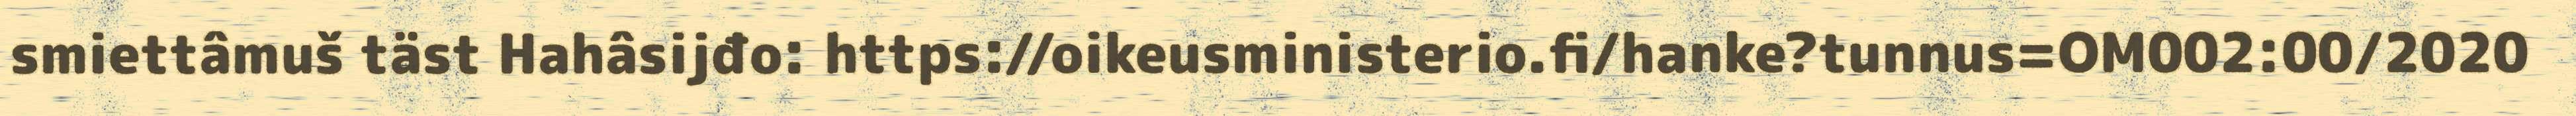
smiettâmuš täst Hahâsijđo: https://oikeusministerio.fi/hanke?tunnus=OM002:00/2020